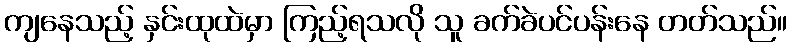
ကျနေသည့် နှင်းထုထဲမှာ ကြည့်ရသလို သူ ခက်ခဲပင်ပန်းနေ တတ်သည်။